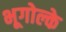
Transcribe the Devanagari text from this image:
भूगोल्के